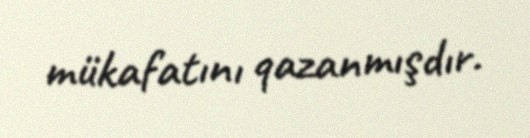
mükafatını qazanmışdır.